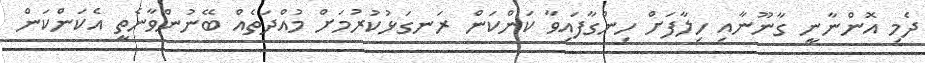
ދެމި އޮންނާނީ ގާނޫނާއި ހިލާފަށް ހިންގާފައިވާ ކަންކަން ރަނގަޅުކުރުމަށް މުއްދަތެއް ބޭނުންވާނެތީ އެކަންކަން